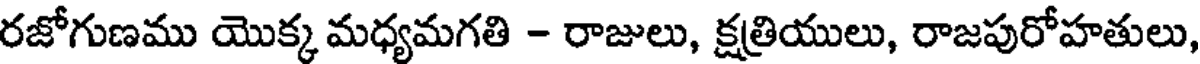
రజోగుణము యొక్క మధ్యమగతి - రాజులు, క్షత్రియులు, రాజపురోహతులు,